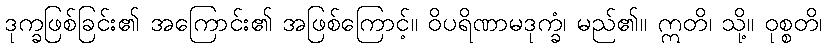
ဒုက္ခဖြစ်ခြင်း၏ အကြောင်း၏ အဖြစ်ကြောင့်။ ဝိပရိဏာမဒုက္ခံ၊ မည်၏။ ဣတိ၊ သို့။ ဝုစ္စတိ၊